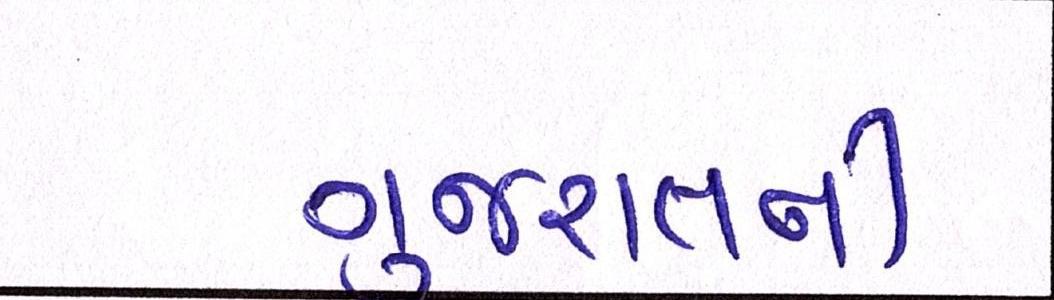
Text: ગુજરાતની